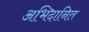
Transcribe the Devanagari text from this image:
अभिदानित